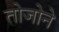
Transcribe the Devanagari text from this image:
तोजोने